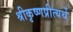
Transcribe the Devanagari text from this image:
श्रीकृष्णप्रीत्यर्थे